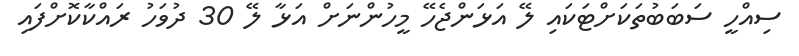
ސިއްހީ ސަބަބުތަކަށްޓަކައި ލޭ އަޅަންޖެހޭ މީހުންނަށް އަޅާ ލޭ 30 ދުވަހު ރައްކާކޮށްފައި